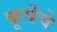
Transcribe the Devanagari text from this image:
कूर्चेचे